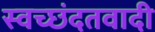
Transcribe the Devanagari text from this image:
स्वच्छंदतवादी